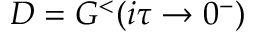
D = G ^ { < } ( i \tau \rightarrow 0 ^ { - } )